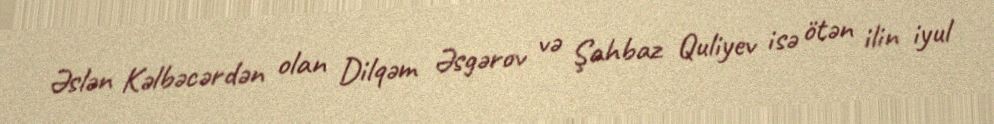
Əslən Kəlbəcərdən olan Dilqəm Əsgərov və Şahbaz Quliyev isə ötən ilin iyul